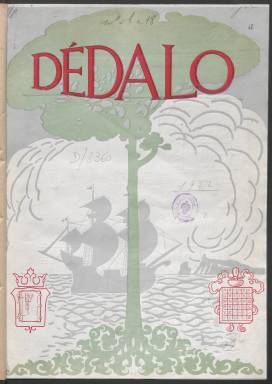
Título: Dédalo (Madrid)
Colección: Industria || Libros
Ámbito geográfico: Madrid
Lugar de publicación: Madrid
Fechas: 01/03/1922-15/11/1922